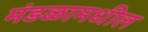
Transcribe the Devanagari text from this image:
मंडळामधील